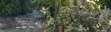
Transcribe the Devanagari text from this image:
उत्तमजौ